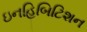
ઇનહિબિટિશન